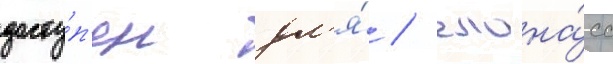
досту́п'ен дл'я́ / глона́сс